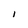
Character: I